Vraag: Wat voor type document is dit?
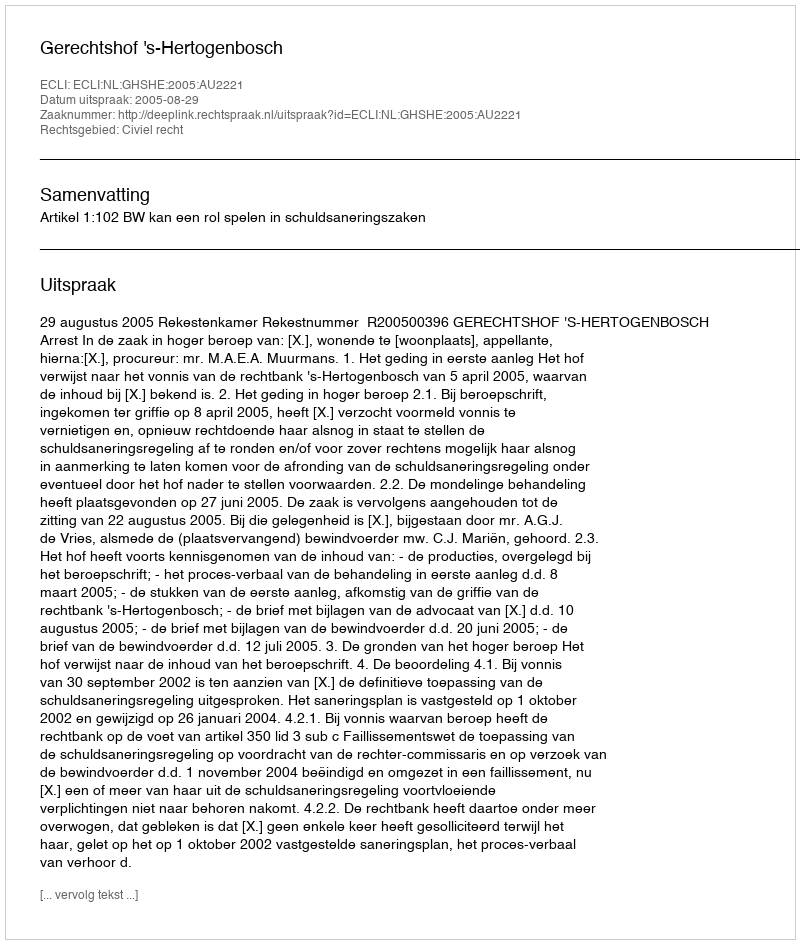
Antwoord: Uitspraak